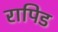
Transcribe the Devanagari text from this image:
रापिड